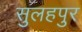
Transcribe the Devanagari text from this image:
सुलहपुर